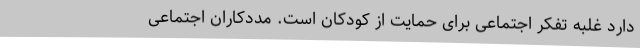
دارد غلبه تفکر اجتماعی برای حمایت از کودکان است. مددکاران اجتماعی